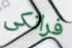
فرانكى